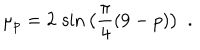
\mu _ { p } = 2 \, \sin \big ( \frac { \pi } { 4 } ( 9 - p ) \big ) ~ ~ .